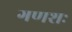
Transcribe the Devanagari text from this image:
गणशः